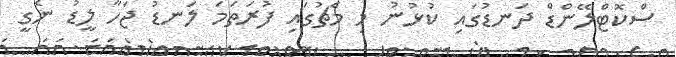
ސްކޮޓްލޭންޑް ދަނޑުގައި ކުޅުނު މި މެޗުގައި ފުރަތަމަ ލަނޑު ޖަހާ ލީޑު ނެގީ